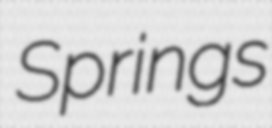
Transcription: Springs